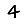
Digit: 4